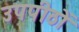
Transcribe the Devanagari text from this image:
उपपीठों